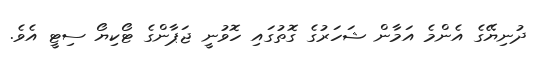
ދުނިޔޭގެ އެންމެ އަމާން ޝަހަރުގެ ގޮތުގައި ހޮވުނީ ޖަޕާންގެ ޓޯކިޔޯ ސިޓީ އެވެ.